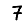
Digit: 7